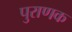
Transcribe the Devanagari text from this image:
पुराणक